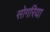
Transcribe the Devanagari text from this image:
सोगरिया